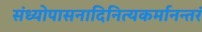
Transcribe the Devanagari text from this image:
संध्योपासनादिनित्यकर्मानन्तरं